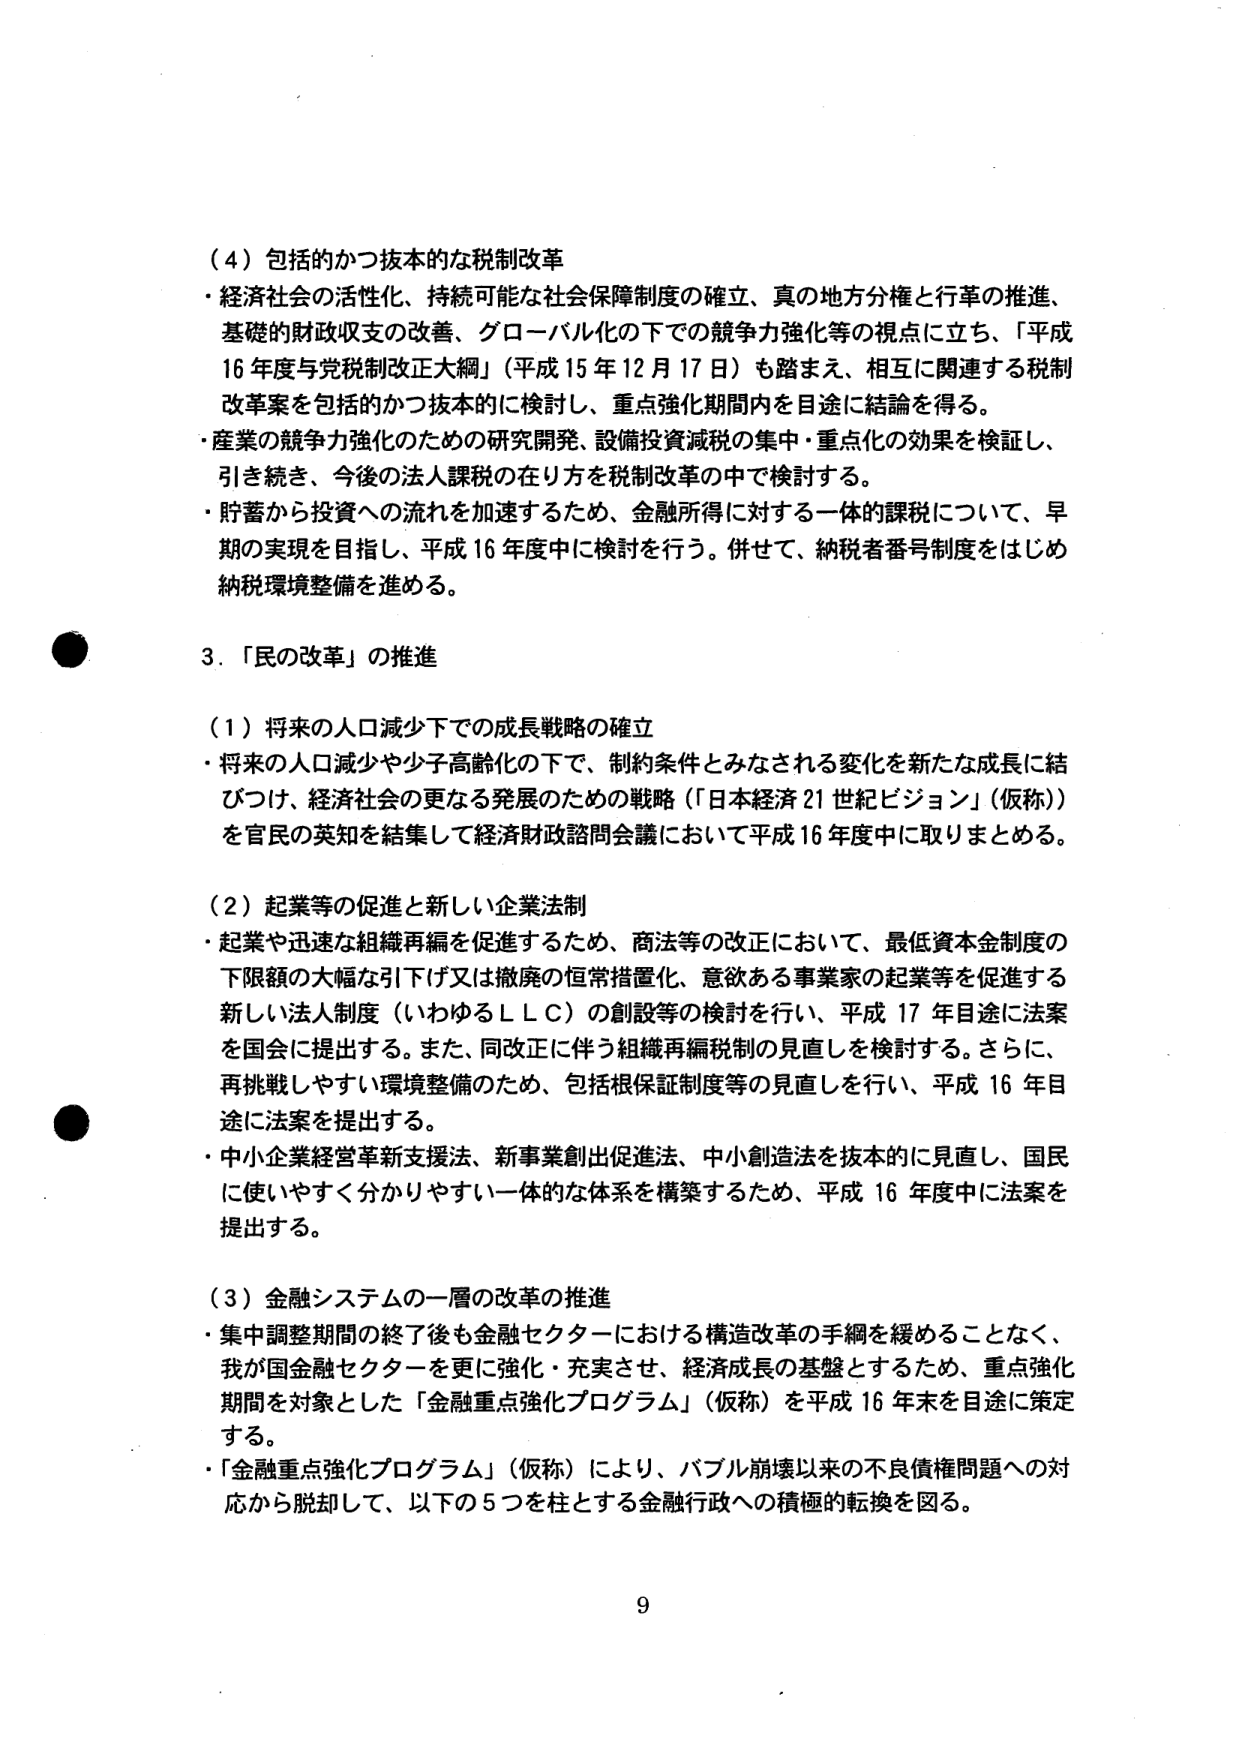
（４）包括的かつ抜本的な税制改革
・経済社会の活性化、持続可能な社会保障制度の確立、真の地方分権と行革の推進、
基礎的財政収支の改善、グローバル化の下での競争力強化等の視点に立ち、「平成
16年度与党税制改正大綱」（平成15年12月17日）も踏まえ、相互に関連する税制
改革案を包括的かつ抜本的に検討し、重点強化期間内を目途に結論を得る。
・産業の競争力強化のための研究開発、設備投資減税の集中・重点化の効果を検証し、
引き続き、今後の法人課税の在り方を税制改革の中で検討する。
・貯蓄から投資への流れを加速するため、金融所得に対する一体的課税について、早
期の実現を目指し、平成16年度中に検討を行う。併せて、納税者番号制度をはじめ
納税環境整備を進める。

３．「民の改革」の推進

（１）将来の人口減少下での成長戦略の確立
・将来の人口減少や少子高齢化の下で、制約条件とみなされる変化を新たな成長に結
びつけ、経済社会の更なる発展のための戦略（「日本経済21世紀ビジョン」（仮称））
を官民の英知を結集して経済財政諮問会議において平成16年度中に取りまとめる。

（２）起業等の促進と新しい企業法制
・起業や迅速な組織再編を促進するため、商法等の改正において、最低資本金制度の
下限額の大幅な引下げ又は撤廃の恒常措置化、意欲ある事業家の起業等を促進する
新しい法人制度（いわゆるＬＬＣ）の創設等の検討を行い、平成17年目途に法案
を国会に提出する。また、同改正に伴う組織再編税制の見直しを検討する。さらに、
再挑戦しやすい環境整備のため、包括根保証制度等の見直しを行い、平成16年目
途に法案を提出する。
・中小企業経営革新支援法、新事業創出促進法、中小創造法を抜本的に見直し、国民
に使いやすく分かりやすい一体的な体系を構築するため、平成16年度中に法案を
提出する。

（３）金融システムの一層の改革の推進
・集中調整期間の終了後も金融セクターにおける構造改革の手綱を緩めることなく、
我が国金融セクターを更に強化・充実させ、経済成長の基盤とするため、重点強化
期間を対象とした「金融重点強化プログラム」（仮称）を平成16年末を目途に策定
する。
・「金融重点強化プログラム」（仮称）により、バブル崩壊以来の不良債権問題への対
応から脱却して、以下の５つを柱とする金融行政への積極的転換を図る。

9